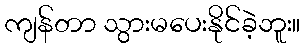
ကျန်တာ သွားမပေးနိုင်ခဲ့ဘူး။